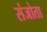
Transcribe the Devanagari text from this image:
संजोता